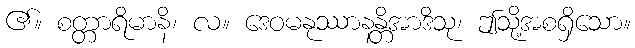
၏။ စတ္တာရိမာနိ၊ လ။ ဒေဝမနုဿာနန္တိအာဒိသု၊ ဤသို့အစရှိသော။